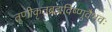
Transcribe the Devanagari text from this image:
तृणीकृतब्रह्मविष्णुवैभवः